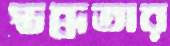
স্তব্ধতার